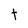
Character: t